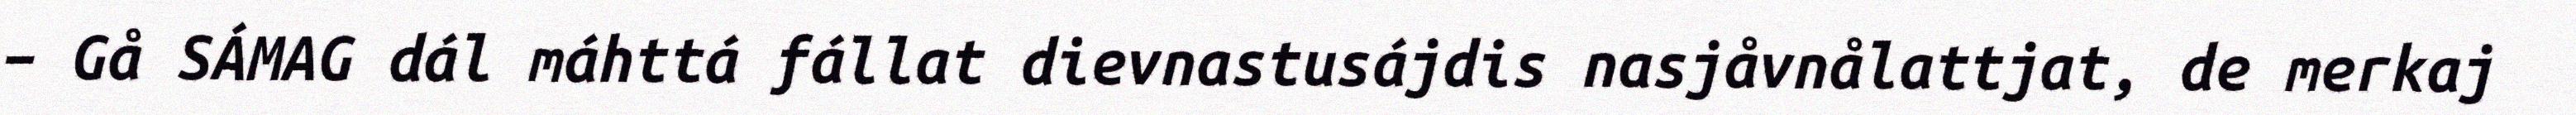
– Gå SÁMAG dál máhttá fállat dievnastusájdis nasjåvnålattjat, de merkaj